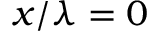
x / \lambda = 0